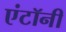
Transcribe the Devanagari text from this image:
एंटॉनी